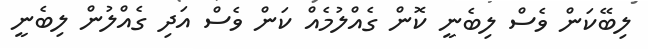
ލިބޭކަން ވެސް ލިބެނީ ކޮން ގެއްލުމެއް ކަން ވެސް އަދި ގެއްލުން ލިބެނީ